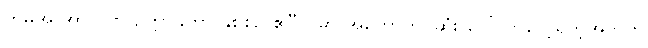
ကမိုအို အာလဗာ ဥက္ကာခဲဟာ နှစ်စဉ် ဧပြီလမှာ အတောက်ပဆုံး ပေါ်လာလေ့ရှိတဲ့အတွက်